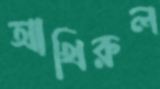
আখিরুল